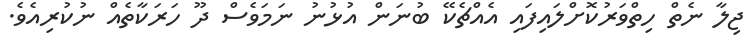
ޖިލާ ނެތް ހިތްވަރުކޮށްލައިފައި އެއްޗެކޭ ބުނަން އުޅުނު ނަމަވެސް ދޫ ހަރަކާތެއް ނުކުރިއެވެ.